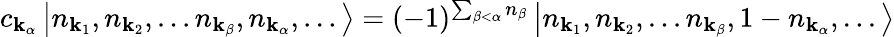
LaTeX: c_{\mathbf{k}_{\alpha}}\left|n_{\mathbf{k}_{1}},n_{\mathbf{k}_{2}},...n_{\mathbf{k}_{\beta}},n_{\mathbf{k}_{\alpha}},...\right\rangle=(-1)^{\sum_{\beta<\alpha}n_{\beta}}\left|n_{\mathbf{k}_{1}},n_{\mathbf{k}_{2}},...n_{\mathbf{k}_{\beta}},1-n_{\mathbf{k}_{\alpha}},...\right\rangle